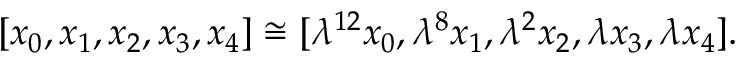
[ x _ { 0 } , x _ { 1 } , x _ { 2 } , x _ { 3 } , x _ { 4 } ] \cong [ \lambda ^ { 1 2 } x _ { 0 } , \lambda ^ { 8 } x _ { 1 } , \lambda ^ { 2 } x _ { 2 } , \lambda x _ { 3 } , \lambda x _ { 4 } ] .